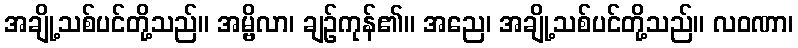
အချို့သစ်ပင်တို့သည်။ အမ္ဗိလာ၊ ချဉ်ကုန်၏။ အညေ၊ အချို့သစ်ပင်တို့သည်။ လဝဏာ၊